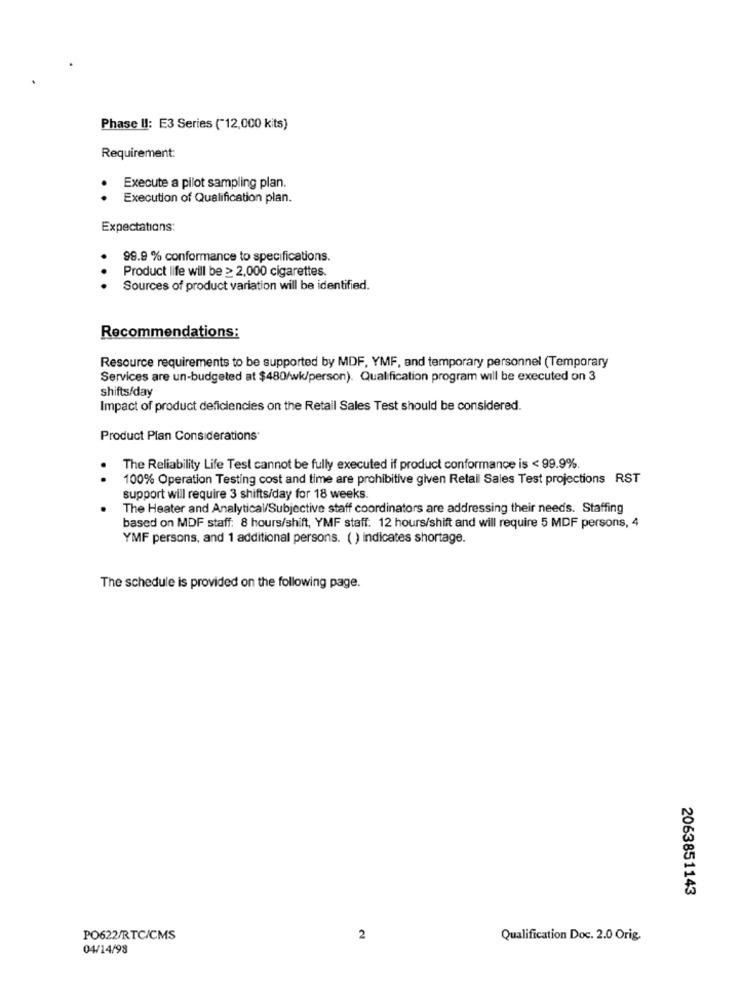
Phase II: E3 Series ("12,000 kits)
Requirement:
Execute a pilot sampling plan.
. .
Execution of Qualification plan.
Expectations:
99.9 % conformance to specifications.
Product life will be > 2,000 cigarettes.
. .
Sources of product variation will be identified.
Recommendations:
Resource requirements to be supported by MDF, YMF, and temporary personnel (Temporary
Services are un-budgeted at $480/wk/person). Qualification program will be executed on 3
shifts/day
Impact of product deficiencies on the Retail Sales Test should be considered.
Product Plan Considerations*
The Reliability Life Test cannot be fully executed if product conformance is < 99.9%
. .
100% Operation Testing cost and time are prohibitive given Retail Sales Test projections RST
support will require 3 shifts/day for 18 weeks.
The Heater and Analytical/Subjective staff coordinators are addressing their needs. Staffing
based on MDF staff: 8 hours/shift, YMF staff. 12 hours/shift and will require 5 MDF persons, 4
YMF persons, and 1 additional persons. ( ) indicates shortage.
The schedule is provided on the following page.
2063851143
PO622/RTC/CMS
2
Qualification Doc. 2.0 Orig.
04/14/98